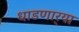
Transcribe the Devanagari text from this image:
धाडणार्‍या